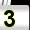
Digit: 3